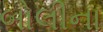
બોલીના